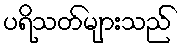
ပရိသတ်များသည်